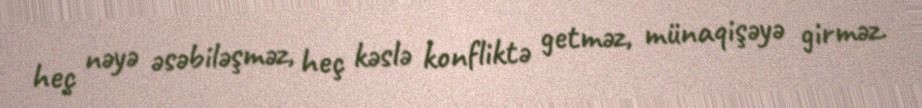
heç nəyə əsəbiləşməz, heç kəslə konfliktə getməz, münaqişəyə girməz.